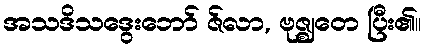
အသဒိသဒွေးဘော် ဇ်လာ, ဗုဇ္ဈတေ ပြီး၏။